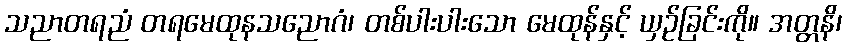
သညာတရညံ တရမေထုနသညောဂံ၊ တစ်ပါးပါးသော မေထုန်နှင့် ယှဉ်ခြင်းကို။ အတ္တနိ၊